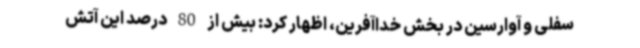
سفلی و آوارسین در بخش خداآفرین، اظهار کرد: بیش از 80 درصد این آتش